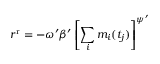
r ^ { \mathrm { r } } = - \omega ^ { \prime } \beta ^ { \prime } \left[ \sum _ { i } m _ { i } ( t _ { j } ) \right] ^ { \psi ^ { \prime } }